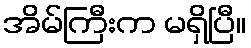
အိမ်ကြီးက မရှိပြီ။